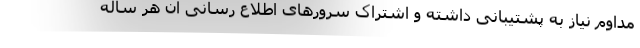
مداوم نیاز به پشتیبانی داشته و اشتراک سرورهای اطلاع رسانی آن هر ساله